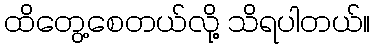
ထိတွေ့စေတယ်လို့ သိရပါတယ်။